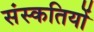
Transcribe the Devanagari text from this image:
संस्कतियों